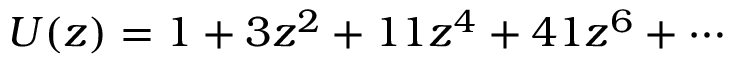
U ( z ) = 1 + 3 z ^ { 2 } + 1 1 z ^ { 4 } + 4 1 z ^ { 6 } + \cdots